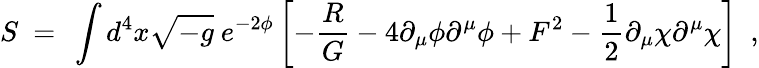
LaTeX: S~=~\int d^{4}x\sqrt{-g}~e^{-2\phi}\left[-\frac{R}{G}-4\partial_{\mu}\phi\partial^{\mu}\phi+F^{2}-\frac{1}{2}\partial_{\mu}\chi\partial^{\mu}\chi\right]~~,